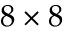
8 \times 8